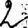
Digit: 2